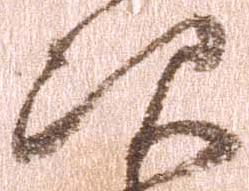
次